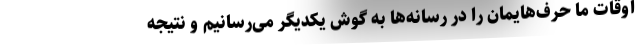
اوقات ما حرف‌هایمان را در رسانه‌ها به گوش یکدیگر می‌رسانیم و نتیجه